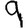
Digit: 9